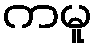
ကမူ